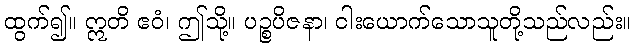
ထွက်၍။ ဣတိ ဧဝံ၊ ဤသို့။ ပဉ္စပိဇနာ၊ ငါးယောက်သောသူတို့သည်လည်း။